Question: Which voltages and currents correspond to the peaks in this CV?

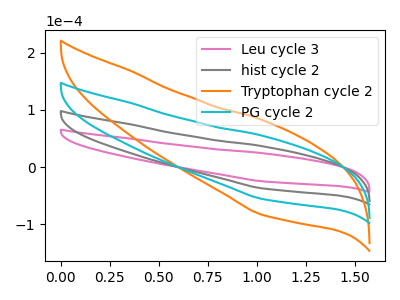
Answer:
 <answer>The pink curve "Leu cycle 3" has no peaks. The gray curve "hist cycle 2" has no peaks. The orange curve "Tryptophan cycle 2" has no peaks. The cyan curve "PG cycle 2" has no peaks.</answer>
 <eval></eval>